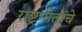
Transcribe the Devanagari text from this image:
राष्ट्रगीतांचे